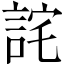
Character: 詫